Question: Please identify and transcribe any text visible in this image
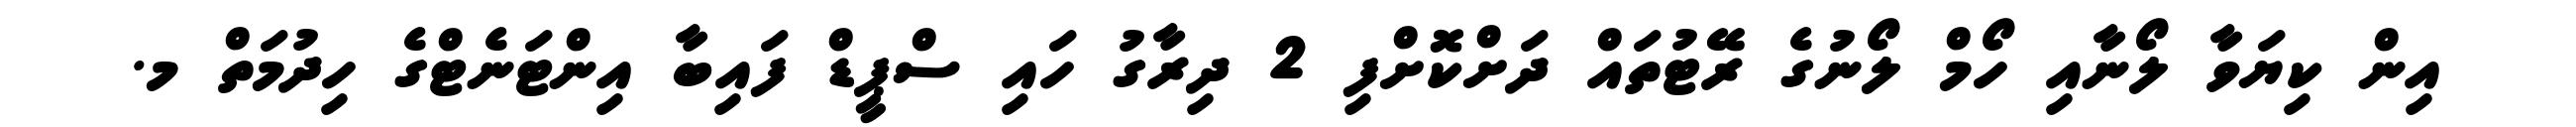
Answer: އިން ކިޔަވާ ލޯނާއި ހޯމް ލޯނުގެ ރޭޓުތައް ދަށްކޮށްފި 2 ދިރާގު ހައި ސްޕީޑް ފައިބާ އިންޓަނެޓްގެ ހިދުމަތް މ.